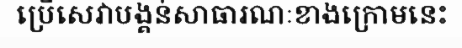
ប្រើសេវាបង្គន់សាធារណៈខាងក្រោមនេះ